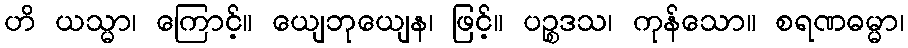
ဟိ ယသ္မာ၊ ကြောင့်။ ယျေဘုယျေန၊ ဖြင့်။ ပဉ္စဒသ၊ ကုန်သော။ စရဏဓမ္မာ၊